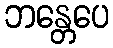
ဘန္တေပေ